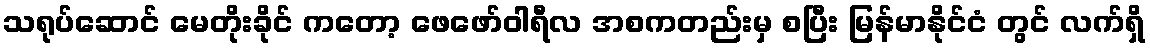
သရုပ်ဆောင် မေတိုးခိုင် ကတော့ ဖေဖော်ဝါရီလ အစကတည်းမှ စပြီး မြန်မာနိုင်ငံ တွင် လက်ရှိ